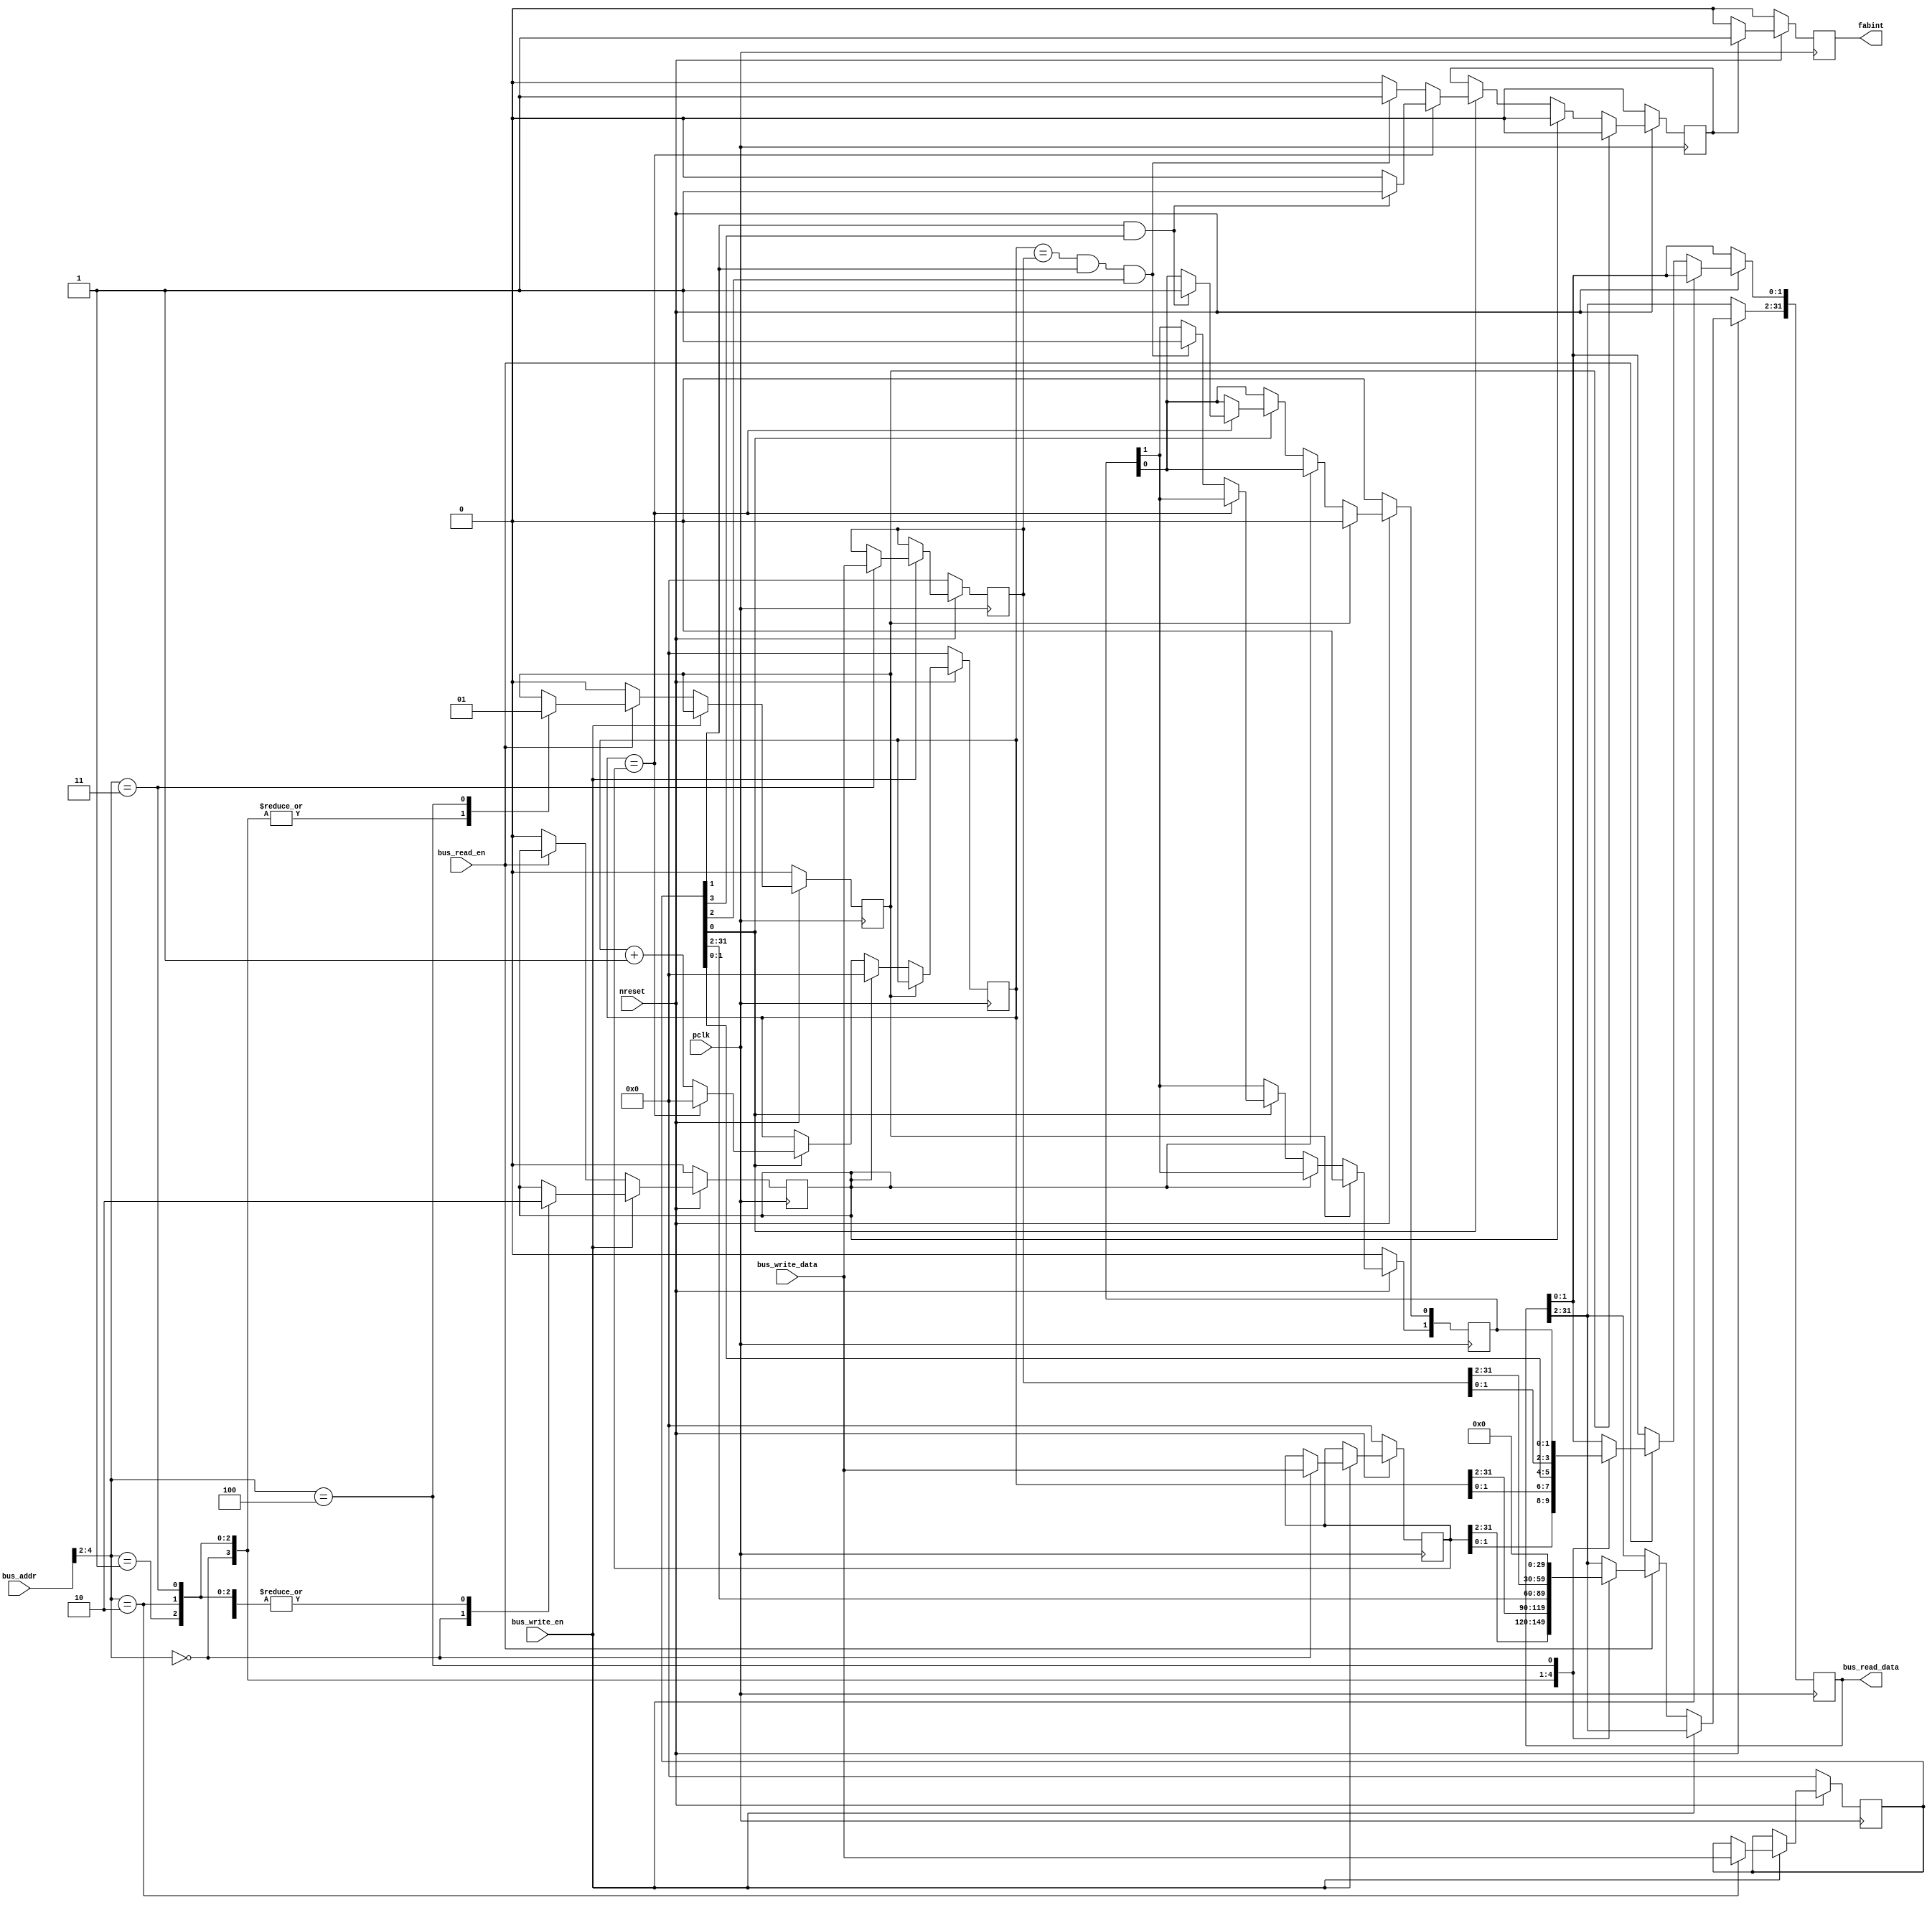
module timer(
			pclk,
			nreset,
			bus_write_en, 
			bus_read_en,
			bus_addr,
			bus_write_data,
			bus_read_data,
            fabint
            );
	
input pclk, nreset, bus_write_en, bus_read_en;
input [7:0] bus_addr;
input [31:0] bus_write_data;
output reg [31:0] bus_read_data;
output reg fabint;



reg [31:0] compareReg;
reg [31:0] counterReg;
reg [31:0] controlReg;
reg [31:0] overflowReg;

reg overflowReset;		//Resets counterReg when new overflow value is written

wire timerEn;        //Timer Enable
wire interruptEn;    //Interrupt Enable
wire compareEn;      //Compare Enable
wire overflowEn;	 //Overflow Enable

assign timerEn 		= controlReg[0];
assign interruptEn 	= controlReg[1];
assign compareEn 	= controlReg[2];
assign overflowEn	= controlReg[3];

reg [1:0] interrupt_status;
reg reset_interrupt;
reg timer_interrupt;

reg [31:0] nextCounter;

always@(posedge pclk)
if(~nreset)
  fabint   <= 1'b0;
else
  begin
    if(timer_interrupt)
      fabint   <= 1'b1;
    else
      fabint   <= 1'b0;
end




always@(posedge pclk)
if(~nreset)
  begin
    overflowReset <= 1'b0;
    compareReg <= 32'h00000000;
    overflowReg <= 32'h00000000;
	controlReg <= 32'h00000000;
    reset_interrupt <= 1'b0;
  end
else begin
	if(bus_write_en) begin : WRITE
		case(bus_addr[4:2])
			3'b000: // Overflow Register
                begin 
                overflowReset <= 1'b1;
				overflowReg <= bus_write_data;
                end
            3'b001: // Timer Value, Read Only
                begin
                overflowReset <= 1'b0;
                end
            3'b010: // Timer Control
                begin 
                overflowReset <= 1'b0;
                controlReg <= bus_write_data;
                end
            3'b011: // Compare Register
                begin
                overflowReset <= 1'b0;
                compareReg <= bus_write_data;
                end
            3'b100: //Interrupt Status, Read Only
                begin
                overflowReset <= 1'b0;
                end
            3'b101: //Spare
                begin
                end
        endcase
    end
	else if(bus_read_en) begin : READ
        case(bus_addr[4:2])
	        3'b000: // Timer Overflow register
                begin 
		        bus_read_data <= overflowReg;
                reset_interrupt <= 1'b0;
				end
            3'b001: // Timer Value, Read Only
                begin 
                bus_read_data <= counterReg;
                reset_interrupt <= 1'b0;
				end
            3'b010: // Timer Control
                begin 
                bus_read_data <= controlReg;
                reset_interrupt <= 1'b0;
			    end
            3'b011: //Compare Register
                begin
                bus_read_data <= compareReg;
                reset_interrupt <= 1'b0;
                end
            3'b100: // Interrupt Status
                begin 
                bus_read_data[31:2] <= 30'd0;;
                bus_read_data[1:0] <= interrupt_status;
                reset_interrupt <= 1'b1;
                end
            3'b101: //Spare
                begin
                end
        endcase
     end
     else begin
	   overflowReset <= 1'b0;
       reset_interrupt <= 1'b0;
     end
end

always@*
	nextCounter = counterReg + 1;
  
always@(posedge pclk)
if(~nreset) begin
	counterReg <= 32'd0;
    timer_interrupt <= 1'b0;
    interrupt_status <= 2'b00;
end
else begin
    if(reset_interrupt)begin
        interrupt_status <= 2'b00;
        timer_interrupt <= 1'b0;
    end
    else begin
        if(overflowReset) begin
            counterReg <= 32'd0;
            timer_interrupt <= 1'b0;
        end
        else if(timerEn) begin
            if(counterReg == overflowReg) begin
                counterReg <= 32'd0;
                if(interruptEn && overflowEn) begin
                    timer_interrupt <= 1'b1;
                    interrupt_status[0] <= 1'b1;
                end
                else
                    timer_interrupt <= 1'b0;
            end
            else begin
                if(counterReg == compareReg && interruptEn && compareEn) begin
                    timer_interrupt <= 1'b1;
                    interrupt_status[1] <= 1'b1;
                end
                else
                    timer_interrupt <= 1'b0;
                counterReg <= nextCounter;
            end
        end

    end
end

endmodule